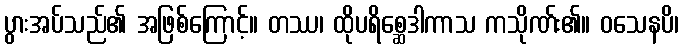
ပွားအပ်သည်၏ အဖြစ်ကြောင့်။ တဿ၊ ထိုပရိစ္ဆေဒါကာသ ကသိုဏ်း၏။ ဝသေနပိ၊